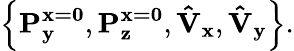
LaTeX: \left\{ \mathbf{P_{y}^{x=0}},\mathbf{P_{z}^{x=0}},\mathbf{\hat{V}_{x}},\mathbf{\hat{V}_{y}}\right\} .